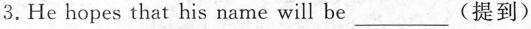
3.He hopes that his name will be___(提到)